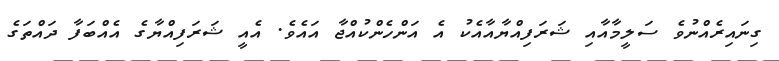
ގިނައިރެއްނުވެ ސަލީމާއާއި ޝަރަފިއްޔާއާއެކު އެ އަންހެންކުއްޖާ އައެވެ. އެއީ ޝަރަފިއްޔާގެ އެއްބަފާ ދައްތަގެ